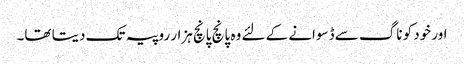
اور خود کو ناگ سے ڈسوانے کے لئے وہ پانچ پانچ ہزار روپیہ تک دیتا تھا۔